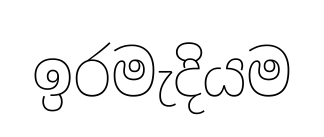
ඉරමැදියම